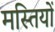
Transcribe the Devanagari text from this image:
मस्तियों